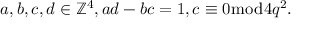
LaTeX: a , b , c , d \in \mathbb { Z } ^ { 4 } , a d - b c = 1 , c \equiv 0 { \bmod { 4 } } q ^ { 2 } .